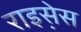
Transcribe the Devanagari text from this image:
राइस़ेस